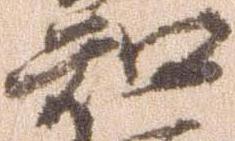
知